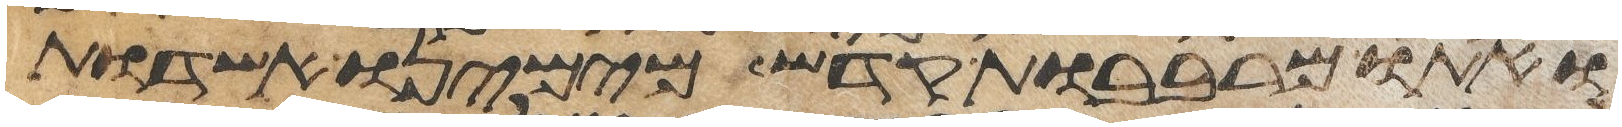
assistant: ואתו מרבבות קדש מימינו אשדות